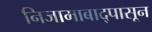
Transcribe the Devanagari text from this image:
निजामाबाद्पासून